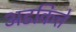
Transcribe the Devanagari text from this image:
अडकित्ते